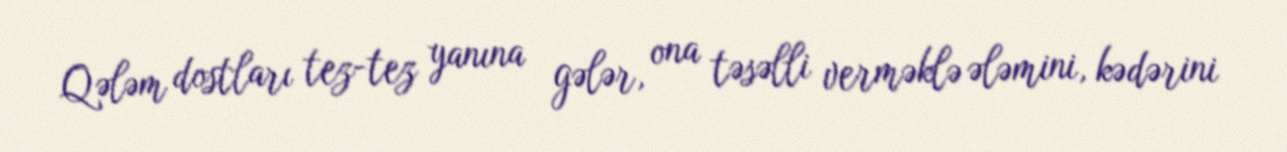
Qələm dostları tez-tez yanına gələr, ona təsəlli verməklə ələmini, kədərini